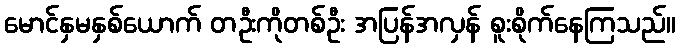
မောင်နှမနှစ်ယောက် တဦးကိုတစ်ဦး အပြန်အလှန် စူးစိုက်နေကြသည်။